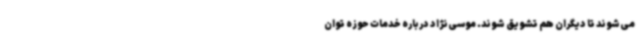
می‌شوند تا دیگران هم تشویق شوند. موسی‌نژاد درباره خدمات حوزه توان